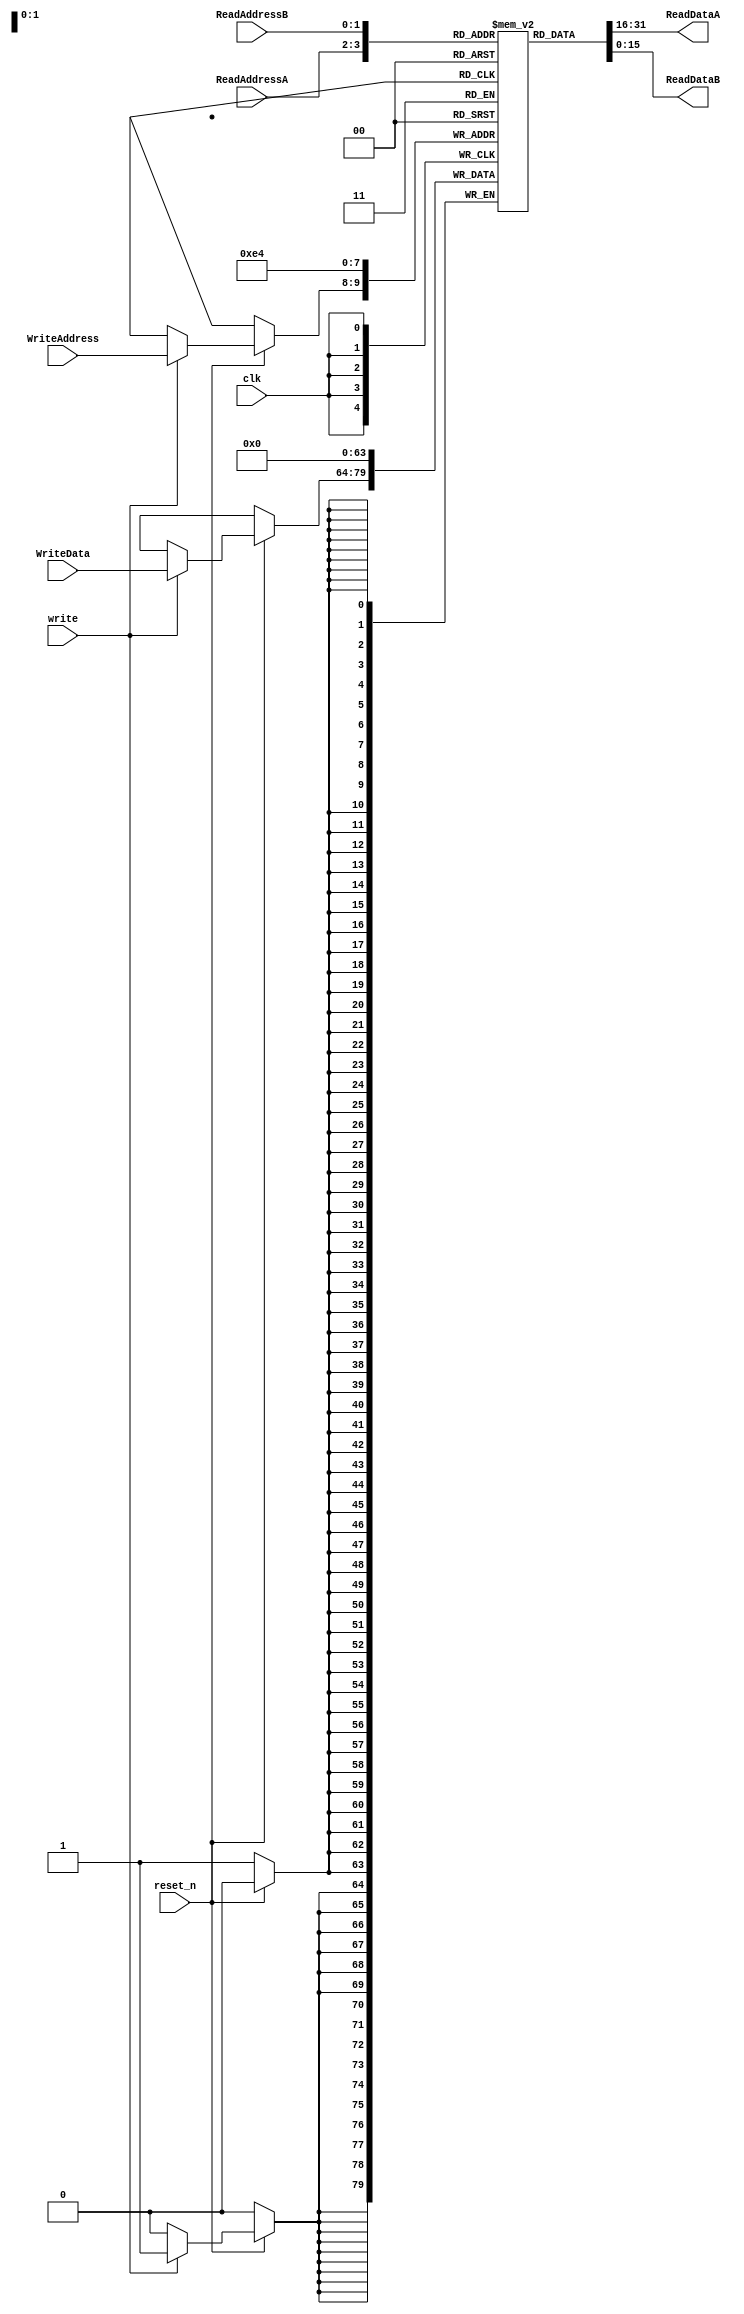
module RF(
    input [1:0] ReadAddressA,
    input [1:0] ReadAddressB,
    input [1:0] WriteAddress,
    input [15:0] WriteData,
    input write,
    input clk,
    input reset_n,
    output reg [15:0] ReadDataA,
    output reg [15:0] ReadDataB
);
reg [15:0] mem[3:0];

always @(posedge clk) begin
	if (!reset_n) begin
		mem[0] <= 0;
		mem[1] <= 0;
		mem[2] <= 0;
		mem[3] <= 0;
	end
	else if (write) begin
		mem[WriteAddress] <= WriteData;
	end
end

always @(*) begin
	ReadDataA = mem[ReadAddressA];
	ReadDataB = mem[ReadAddressB];
end

endmodule